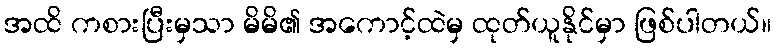
အထိ ကစားပြီးမှသာ မိမိ၏ အကောင့်ထဲမှ ထုတ်ယူနိုင်မှာ ဖြစ်ပါတယ်။